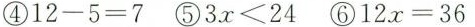
④$$1 2 - 5 = 7$$ ⑤$$3 x ≤ 2 4$$ ⑥$$1 2 x = 3 6$$